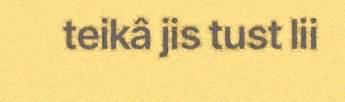
teikâ jis tust lii